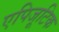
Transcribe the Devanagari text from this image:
एपिजूटिक